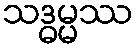
သဒ္ဓမ္မဿ